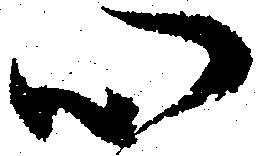
心